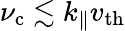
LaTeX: \nu_{\mathrm{c}}\lesssim k_{\| }v_{\mathrm{th}}